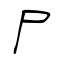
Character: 尸